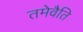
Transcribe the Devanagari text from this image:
तमेवैति